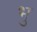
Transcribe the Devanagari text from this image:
भु